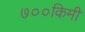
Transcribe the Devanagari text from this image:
७००किमी